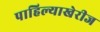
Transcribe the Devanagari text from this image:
पाहिल्याखेरीज